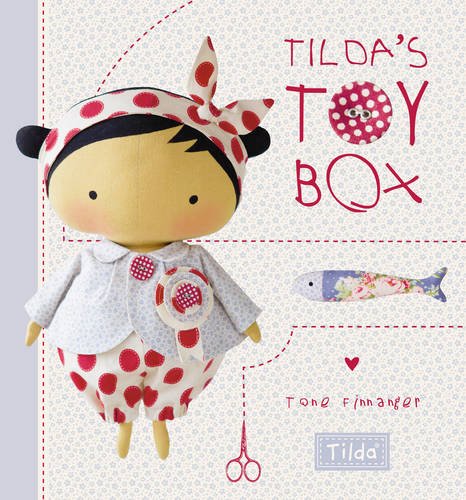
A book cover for Tilda's Toy Box: Sewing Patterns for Soft Toys and More from the Magical World of Tilda; Tone Finnanger; Crafts, Hobbies & Home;